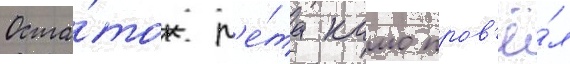
Оста́ток л'е́та камо пров'ё́л